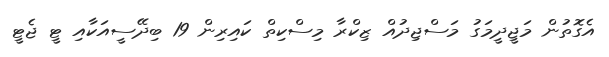
އެގޮތުން މަޖީދީމަގު މަސްޖިދުއް ޒިކްރާ މިސްކިތް ކައިރިން 19 ބިދޭސީއަކާއި ޓީ ޖެޓީ